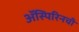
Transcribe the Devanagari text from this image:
ॲस्पिरिनची